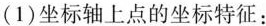
(1)坐标轴上点的坐标特征：